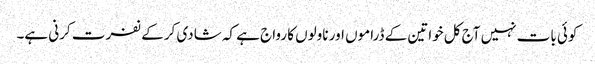
کوئی بات نہیں آج کل خواتین کے ڈراموں اور ناولوں کا رواج ہے کہ شادی کر کے نفرت کرنی ہے۔